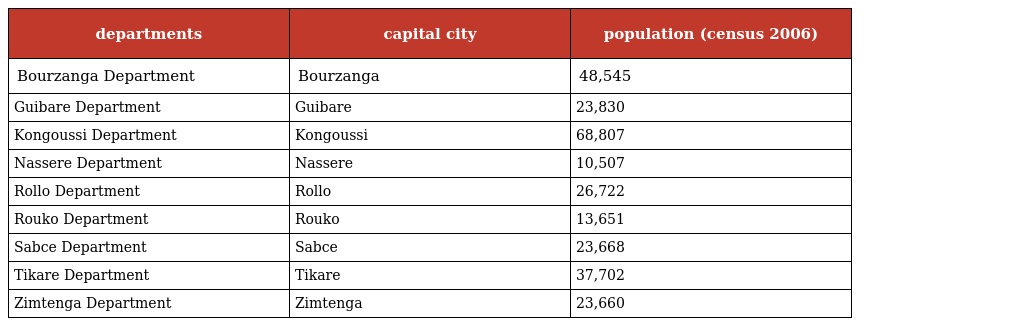
| departments | capital city | population (census 2006) |
 | --- | --- | --- |
 | Bourzanga Department | Bourzanga | 48,545 |
 | Guibare Department | Guibare | 23,830 |
 | Kongoussi Department | Kongoussi | 68,807 |
 | Nassere Department | Nassere | 10,507 |
 | Rollo Department | Rollo | 26,722 |
 | Rouko Department | Rouko | 13,651 |
 | Sabce Department | Sabce | 23,668 |
 | Tikare Department | Tikare | 37,702 |
 | Zimtenga Department | Zimtenga | 23,660 |